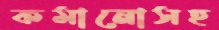
কমানোসহ